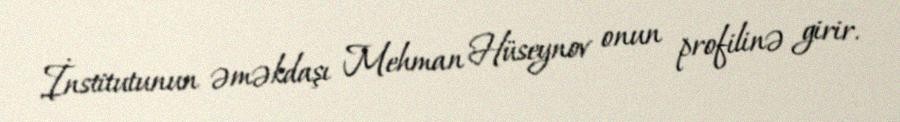
İnstitutunun əməkdaşı Mehman Hüseynov onun profilinə girir.